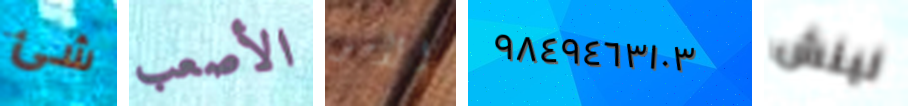
شئ الأصعب الأمر ٩٨٤٩٤٦٣١٠٣ لينش